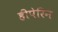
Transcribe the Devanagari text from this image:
हीपेरिन